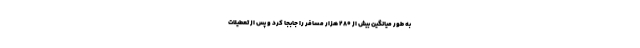
به طور میانگین بیش از ۲۸۰ هزار مسافر را جابجا کرد و پس از تعطیلات